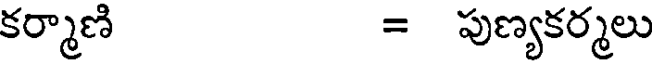
కర్మాణి = పుణ్యకర్మలు